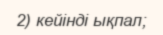
2) кейінді ықпал;